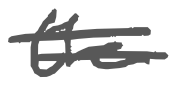
Text: the
Cross-out: double-line
Writing tool: digital_gray